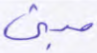
مبنى